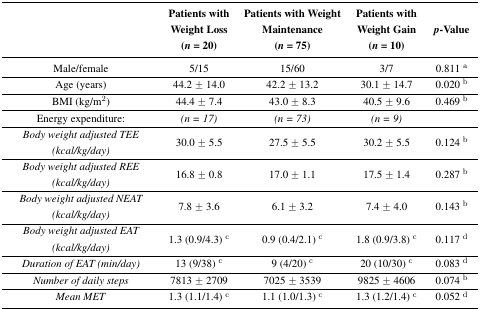
<table><thead><tr><td></td><td><b>Patients with Weight Loss (<i>n =</i> 20)</b></td><td><b>Patients with Weight Maintenance (<i>n =</i> 75)</b></td><td><b>Patients with Weight Gain (<i>n =</i> 10)</b></td><td><b><i>p</i>-Value </b></td></tr></thead><tbody><tr><td>Male/female</td><td>5/15</td><td>15/60</td><td>3/7</td><td>0.811 <sup>a</sup></td></tr><tr><td>Age (years)</td><td>44.2 ± 14.0</td><td>42.2 ± 13.2</td><td>30.1 ± 14.7</td><td>0.020 <sup>b</sup></td></tr><tr><td>BMI (kg/m<sup>2</sup>)</td><td>44.4 ± 7.4</td><td>43.0 ± 8.3</td><td>40.5 ± 9.6</td><td>0.469 <sup>b</sup></td></tr><tr><td>Energy expenditure:</td><td><i>(n = 17)</i></td><td><i>(n = 73)</i></td><td><i>(n = 9)</i></td><td></td></tr><tr><td><i>Body weight adjusted TEE (kcal/kg/day)</i></td><td>30.0 ± 5.5</td><td>27.5 ± 5.5</td><td>30.2 ± 5.5</td><td>0.124 <sup>b</sup></td></tr><tr><td><i>Body weight adjusted REE (kcal/kg/day)</i></td><td>16.8 ± 0.8</td><td>17.0 ± 1.1</td><td>17.5 ± 1.4</td><td>0.287 <sup>b</sup></td></tr><tr><td><i>Body weight adjusted NEAT (kcal/kg/day)</i></td><td>7.8 ± 3.6</td><td>6.1 ± 3.2</td><td>7.4 ± 4.0</td><td>0.143 <sup>b</sup></td></tr><tr><td><i>Body weight adjusted EAT (kcal/kg/day)</i></td><td>1.3 (0.9/4.3) <sup>c</sup></td><td>0.9 (0.4/2.1) <sup>c</sup></td><td>1.8 (0.9/3.8) <sup>c</sup></td><td>0.117 <sup>d</sup></td></tr><tr><td><i>Duration of EAT (min/day)</i></td><td>13 (9/38) <sup>c</sup></td><td>9 (4/20) <sup>c</sup></td><td>20 (10/30) <sup>c</sup></td><td>0.083 <sup>d</sup></td></tr><tr><td><i>Number of daily steps</i></td><td>7813 ± 2709</td><td>7025 ± 3539</td><td>9825 ± 4606</td><td>0.074 <sup>b</sup></td></tr><tr><td><i>Mean MET</i></td><td>1.3 (1.1/1.4) <sup>c</sup></td><td>1.1 (1.0/1.3) <sup>c</sup></td><td>1.3 (1.2/1.4) <sup>c</sup></td><td>0.052 <sup>d</sup></td></tr></tbody></table>